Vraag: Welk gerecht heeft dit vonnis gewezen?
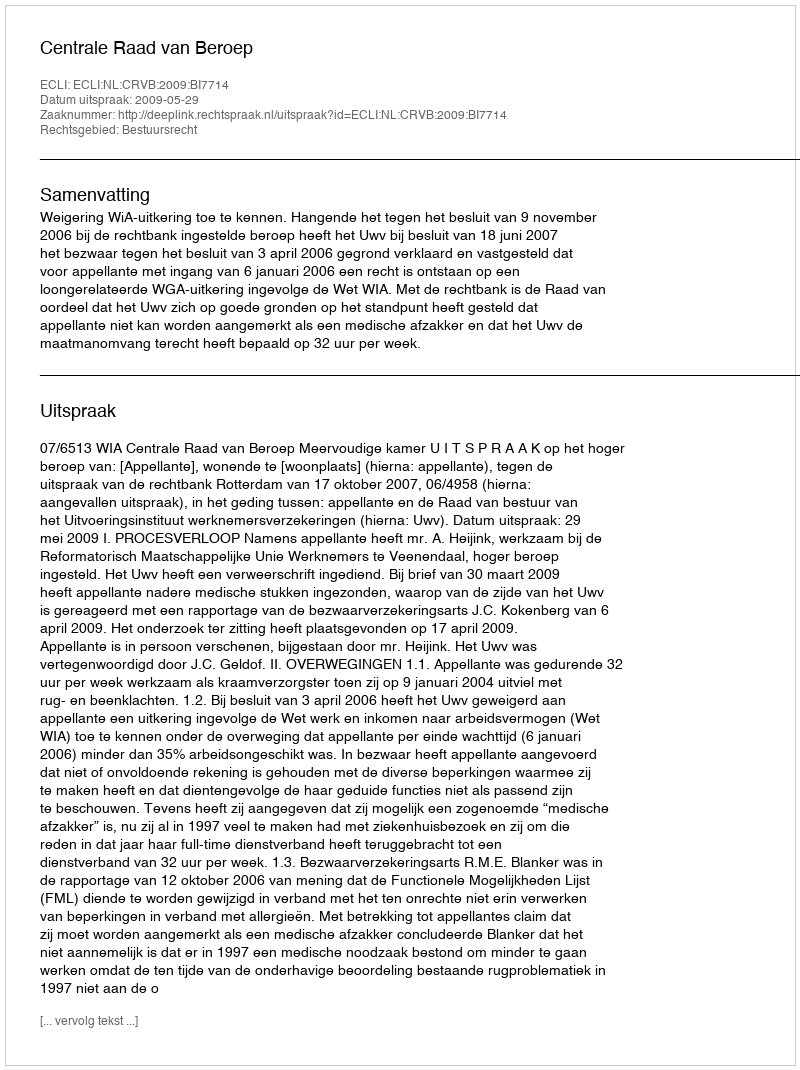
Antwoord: Centrale Raad van Beroep